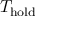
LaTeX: T _ { \mathrm { h o l d } }